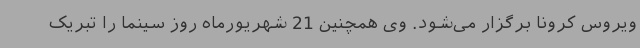
ویروس کرونا برگزار می‌شود. وی همچنین 21 شهریورماه روز سینما را تبریک